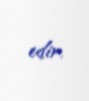
edir.